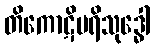
တိကောဋိပရိသုဒ္ဓေါ